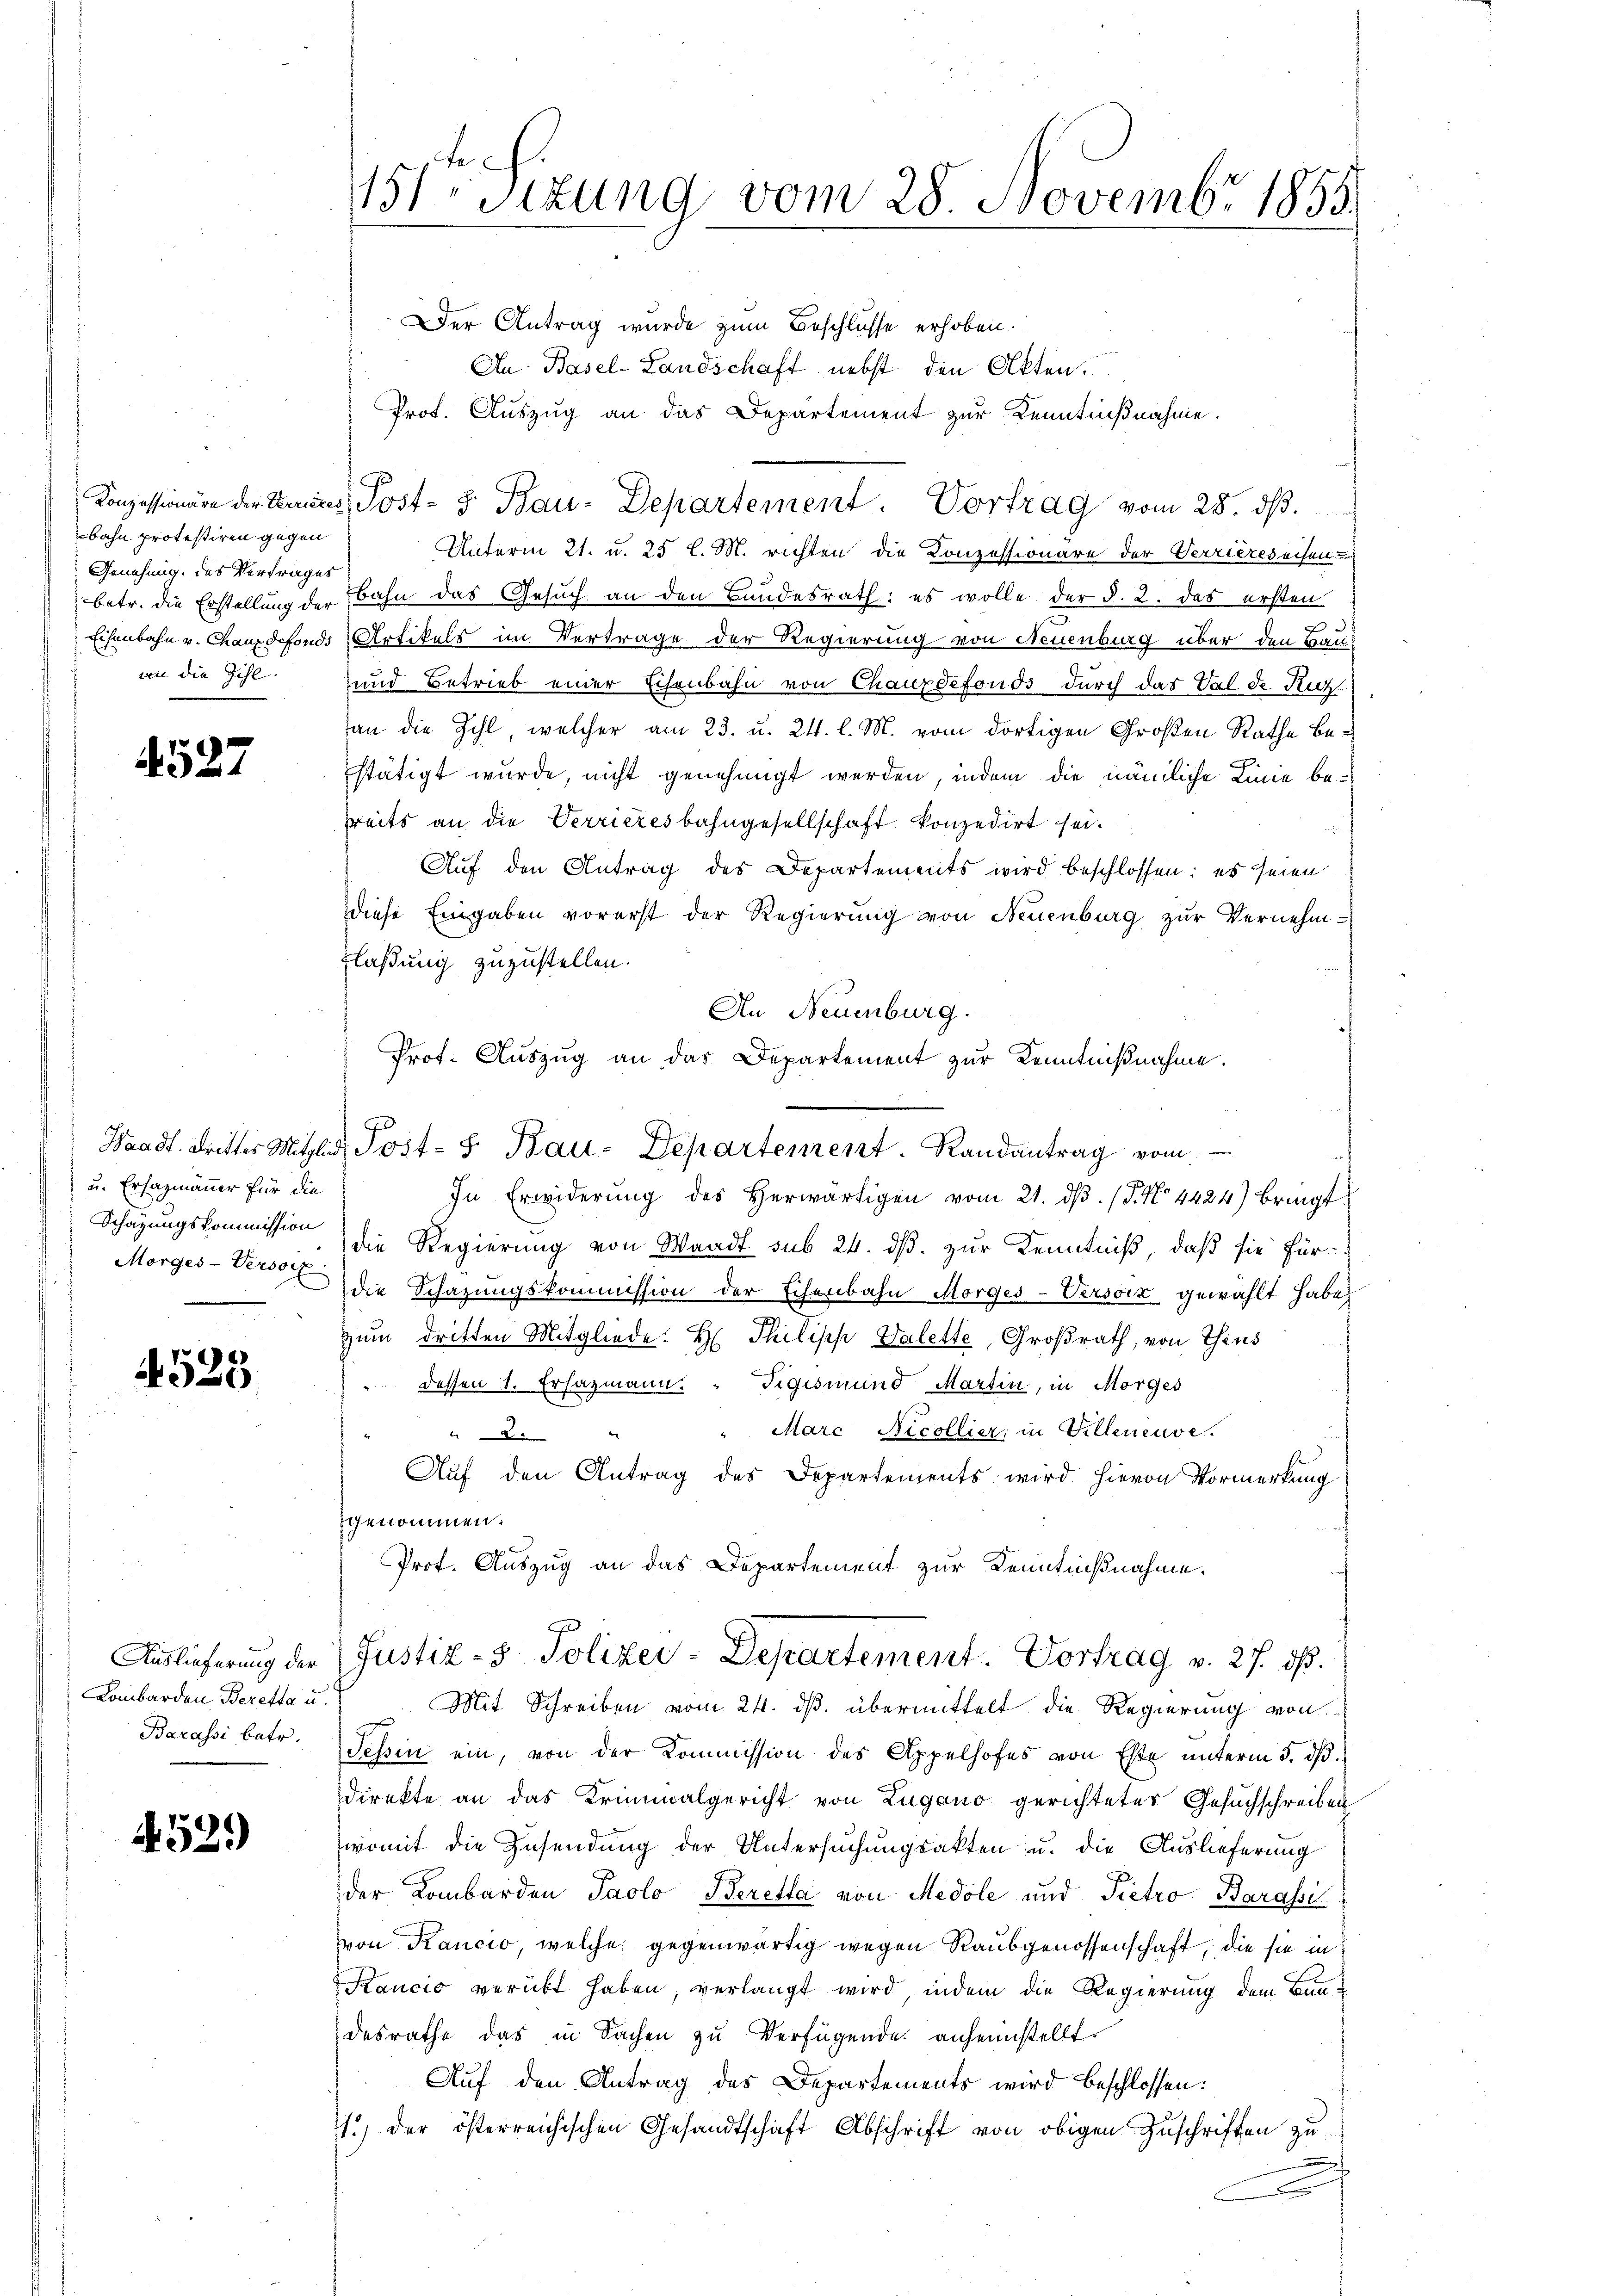
bahn protestiren gegen
Genehmig des Vertrages

4527

u. Ersazmänner für die
Schazungskommission
Morges-Versoix

4525

Lombarden Beretta u.
Barassi betr.

539)

151ten Sizung vom 28. Novembr 1855.

Der Antrag wurde zum Beschlüsse erhoben.
An Basel-Landschaft nebst den Akten.
Prof. Auszug an das Departement zur Kenntnißnahme.
Unterm 21. u. 25 l. M. richten die Konzessionäre der Verrieres eisen-
betr. die Erstellung der Bahn das Gesuch an den Bundesrath: es wolle der §. 2. das ersten
Eisenbahn v. Chauxdefonds Artikels im Vertrage der Regierung von Neuenburg über den Bau-
an die Zihl und Betrieb einer Eisenbahn von Chauxdefonds durch das Val de Kuz
an die Zihl, welcher am 23. u. 24. l. M. vom dortigen Großen Rathe Bestätigt wurde, nicht genehmigt werden, indem die nämliche Linie betreits an die Verrieresbahngesellschaft konzedirt sei.
Auf den Antrag des Departements wird beschlossen: es seien
Diese Eingaben vorerst der Regierung von Neuenburg zŭr Vernehm-
Flaßung zuzustellen.
An Neuenburg.
Waadt denster weiten, Forste Bau-Departement. Randantrag von
In Erwiderŭng des herwärtigen vom 21. dβ. / 5. No 4424) bringt
die Regierung von Waadt sub 24. dß. zur Kenntniß, daß sie für
die Schazungskommission der Echenbahn Morges-Versoiz gewählt habe,
Zum dritten Mitgliede: H. Philisch Valette, Großrath, von Thins
dessen 1. Ersazmann. " Vigismund Martin, in Morges
"Marc Nicollier, in Villeneuve
8
Auf den Antrag des Departements wird hievon Vormerkung
fgenommen.
Prof. Auszug an das Departement zur Kenntnißnahme.
Auslieferung der Justiz- & Polizei-Departement. Vortrag v. 27. ds.
Mit Schreiben vom 24. ds. übermittelt die Regierung von
Tessin ein, von der Kommission des Appelhofes von Este unterm 3. dβ.
direkte an das Kriminalgericht von Lugano gerichteter Gesuchschreiben
womit die Zusendung der Untersuchungsakten u. die Auslieferung
der Lombarden Paolo Beretta von Medole und Pietro Barassi
von Kancio, welche gegenwärtig wegen Raubgenossenschaft, die sie in
Kancio verübt haben, verlangt wird, indem die Regierung dem Bundesrathe das in Sachen zu Verfügende anheimstellt.
Auf den Antrag des Departements wird beschlossen:
1.) der österreichischen Gesandtschaft Abschrift von obigen Zuschriften zu

Konzessionäre der Leines Post- 3. Bau-Departement. Vortrag vom 28. ds.

Prof. Auszug an das Departement zur Kenntnißnahme.